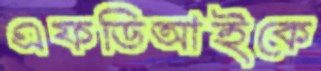
এফডিআইকে